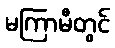
မကြာမီတွင်